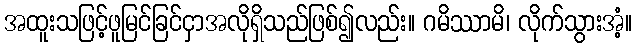
အထူးသဖြင့်ဖူမြင်ခြင်ငှာအလိုရှိသည်ဖြစ်၍လည်း။ ဂမိဿာမိ၊ လိုက်သွားအံ့။